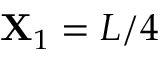
\mathbf { X } _ { 1 } = L / 4